Annual administration report of the Civil Veterinary Department of India - 1898-1899
Year: 1898
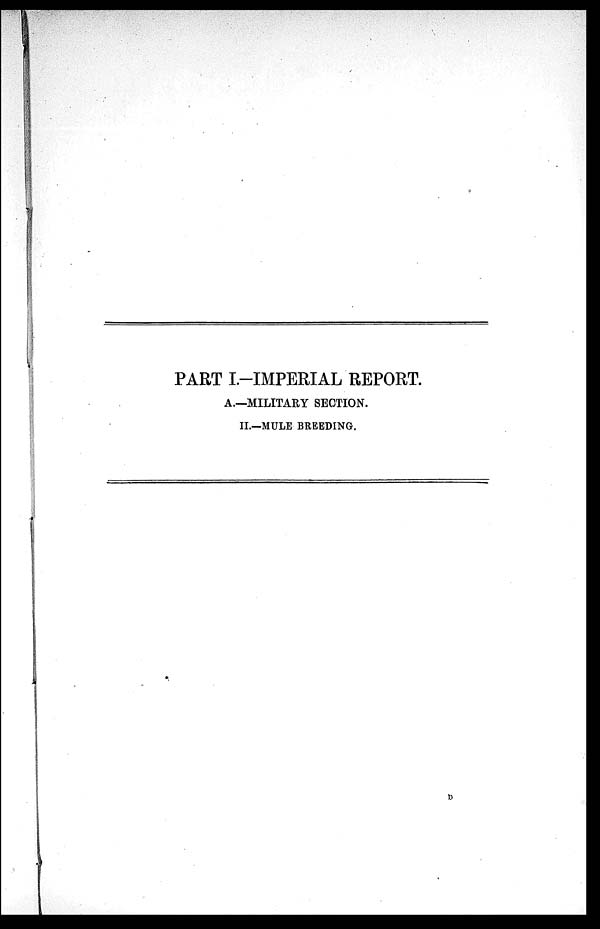
PART I.-IMPERIAL REPORT.
A.—MILITARY SECTION.
II.—MULE BREEDING.